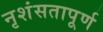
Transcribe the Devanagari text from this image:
नृशंसतापूर्ण